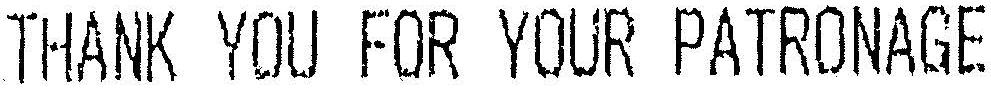
THANK YOU FOR YOUR PATRONAGE